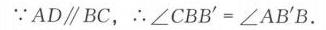
\(\because AD\parallel BC,\ \therefore \angle CBB'=\angle AB'B.\)